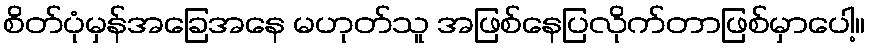
စိတ်ပုံမှန်အခြေအနေ မဟုတ်သူ အဖြစ်နေပြလိုက်တာဖြစ်မှာပေါ့။